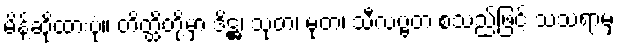
မိန့်ဆိုထားပုံ။ တိတ္ထိတို့မှာ ဒိဋ္ဌ၊ သုတ၊ မုတ၊ သီလဗ္ဗတ စသည်ဖြင့် သံသရာမှ